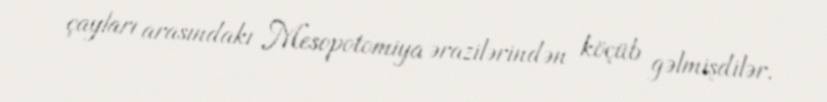
çayları arasındakı Mesopotomiya ərazilərindən köçüb gəlmişdilər.